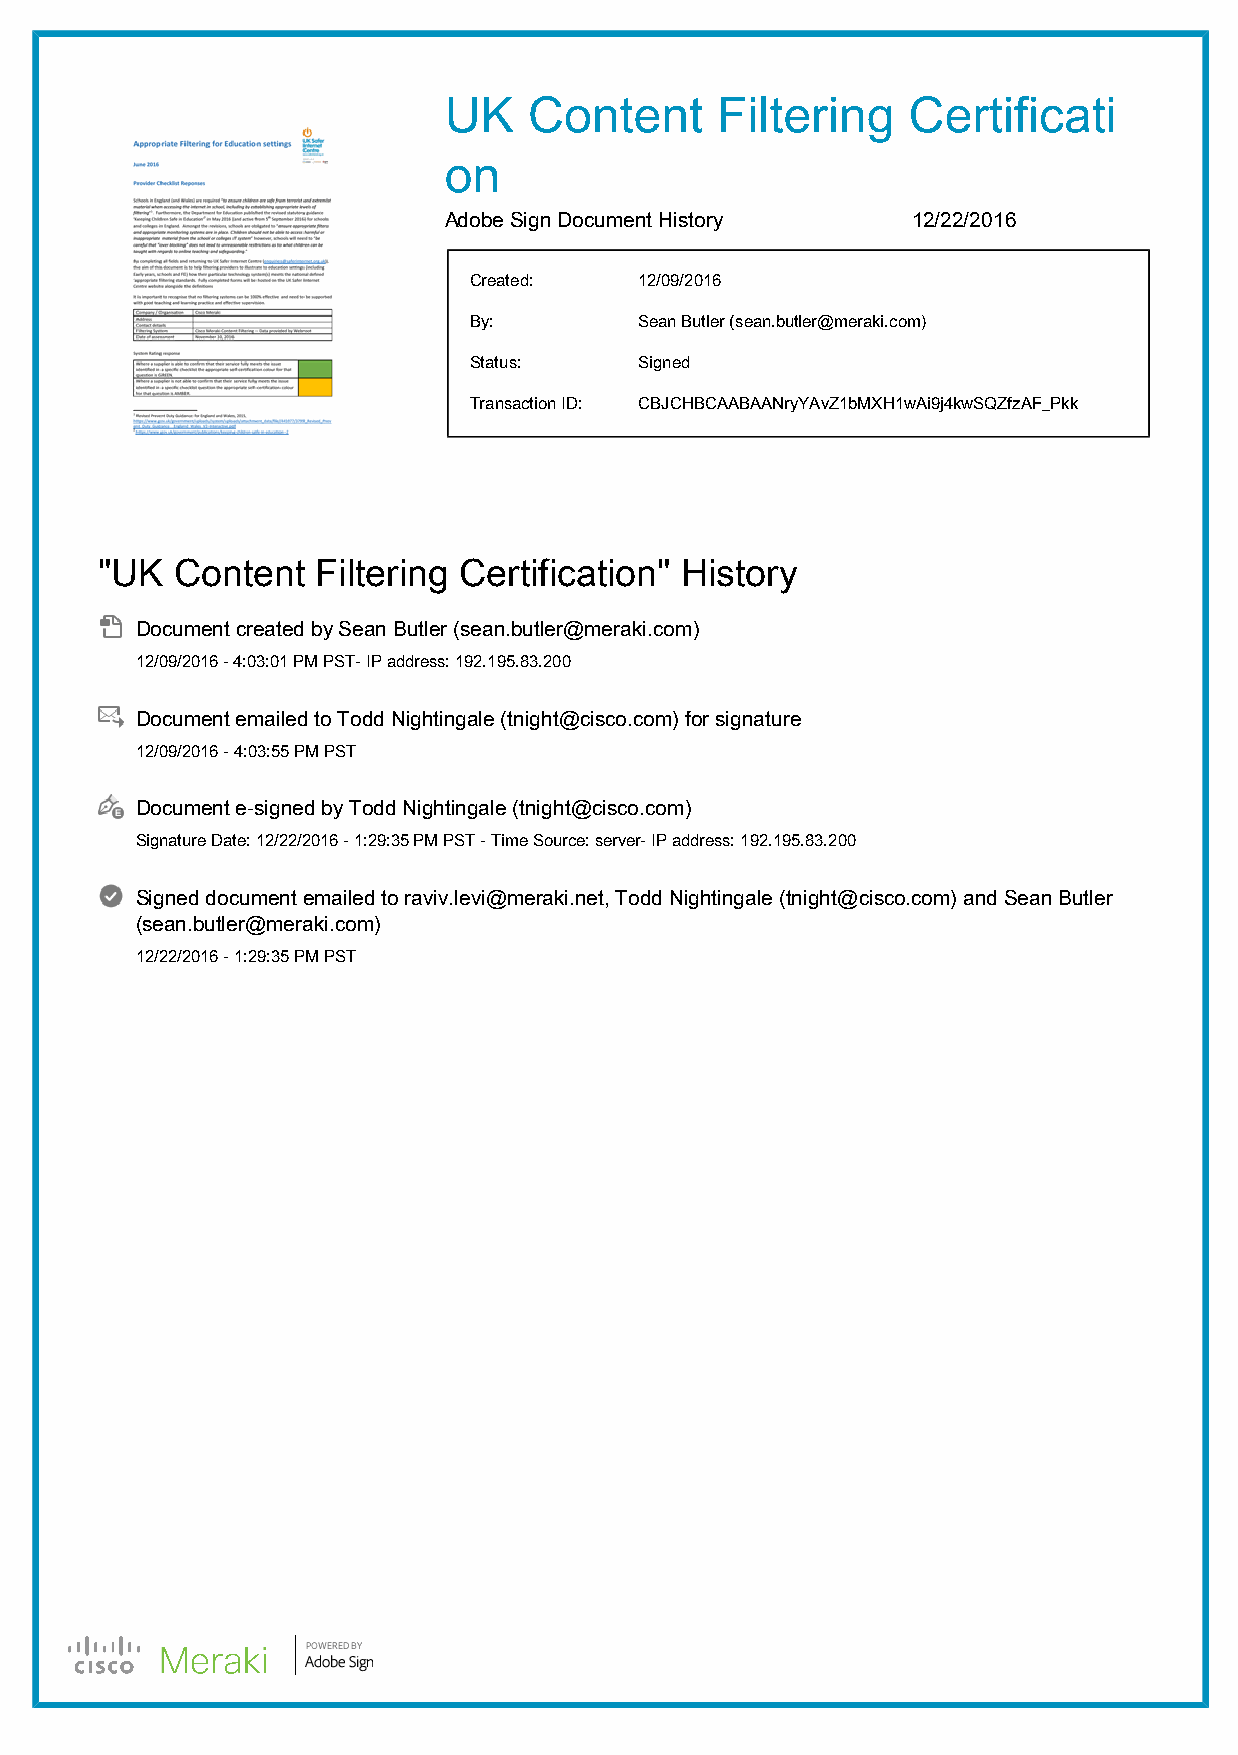
UK    Content     Filtering    Certificati
 on
 Adobe Sign Document History    12/22/2016
 Created:   12/09/2016
 By:        Sean Butler (sean.butler@meraki.com)
 Status:    Signed
 Transaction ID: CBJCHBCAABAANryYAvZ1bMXH1wAi9j4kwSQZfzAF_Pkk
 "UK   Content  Filtering Certification" History
 Document created by Sean Butler (sean.butler@meraki.com)
 12/09/2016 - 4:03:01 PM PST- IP address: 192.195.83.200
 Document emailed to Todd Nightingale (tnight@cisco.com) for signature
 12/09/2016 - 4:03:55 PM PST
 Document e-signed by Todd Nightingale (tnight@cisco.com)
 Signature Date: 12/22/2016 - 1:29:35 PM PST - Time Source: server- IP address: 192.195.83.200
 Signed document emailed to raviv.levi@meraki.net, Todd Nightingale (tnight@cisco.com) and Sean Butler
 (sean.butler@meraki.com)
 12/22/2016 - 1:29:35 PM PST